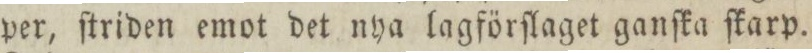
per, ſtriden emot det nya lagförſlaget ganſka ſkarp.